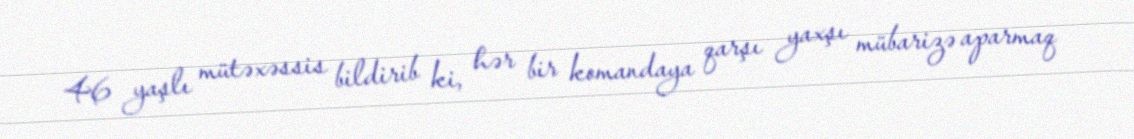
46 yaşlı mütəxəssis bildirib ki, hər bir komandaya qarşı yaxşı mübarizə aparmaq